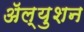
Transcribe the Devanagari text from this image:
ॲल्युशन